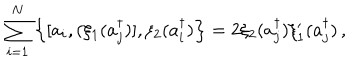
\sum _ { i = 1 } ^ { N } \left\{ [ a _ { i } , ( \xi _ { 1 } ( a _ { j } ^ { \dagger } ) ] , \xi _ { 2 } ( a _ { i } ^ { \dagger } ) \right\} = 2 \xi _ { 2 } ( a _ { j } ^ { \dagger } ) \xi _ { 1 } ^ { \prime } ( a _ { j } ^ { \dagger } ) \, ,